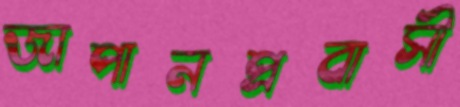
জাপানপ্রবাসী